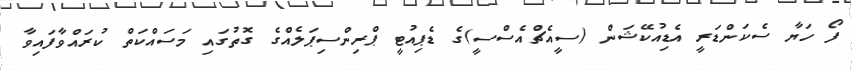
ފޯ ހަޔާ ސެކަންޑަރީ އެޑިއުކޭޝަން (ސީއެޗްއެސްސީ)ގެ ޑެޕިއުޓީ ޕްރިންސިޕަލެއްގެ ގޮތުގައި މަސައްކަތް ކުރައްވާފައިވާ